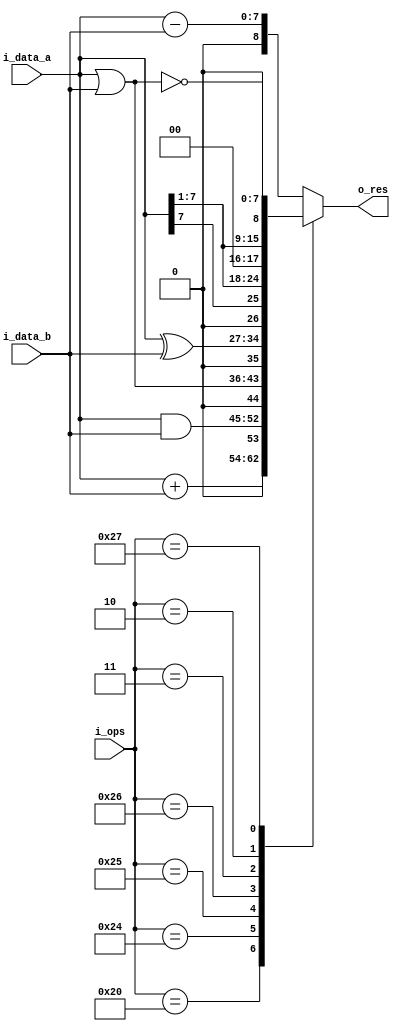
`timescale 1ns / 1ps

module alu
    #(
        parameter NB_DATA = 8,
        parameter NB_OPS = 6
    )
    (
        input signed [NB_DATA-1 : 0] i_data_a,
        input signed [NB_DATA-1 : 0] i_data_b,
        input [NB_OPS-1 : 0] i_ops,
        output signed [NB_DATA : 0] o_res
    );
    
    reg [NB_DATA-1 : 0] data_a_un;
    reg [NB_DATA-1 : 0] data_b_un;
    reg signed [NB_DATA-1 : 0] res;
    reg carry;
   
    always @(*)
    begin
        case(i_ops)
            6'b100000://0x20
                {carry,res} = data_a_un + data_b_un;
            6'b100010://0x22
                {carry,res} = {1'b0 , i_data_a - i_data_b};
            6'b100100://0x24
                {carry,res} = {1'b0 , i_data_a & i_data_b};
            6'b100101://0x25
                {carry,res} = {1'b0 , i_data_a | i_data_b};
            6'b100110://0x26
                {carry,res} = {1'b0 , i_data_a ^ i_data_b};
            6'b000011://0x03
                {carry,res} = {1'b0 , i_data_a >>> 1};
            6'b000010://0x02
                {carry,res} = {1'b0 , i_data_a >> 1};
            6'b100111://0x27      
                {carry,res} = {1'b0 , ~(i_data_a | i_data_b)};
            default:
                {carry,res} = {1'b0 , i_data_a - i_data_b};
        endcase
    end
    
    always @(*)
    begin
        data_a_un = i_data_a;
        data_b_un = i_data_b;        
    end
    

    assign o_res = {carry,res};
endmodule